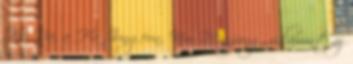
Ha Na, a Ha Jungeun, Kim Min-jung, valamint az